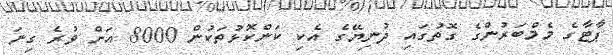
ޕާޓާގެ މެމްބަރުންގެ ގޮތުގައި ދުނިޔޭގެ އެކި ކަންކޮޅުތަކުން 8000 އަށް ވުރެ ގިނަ